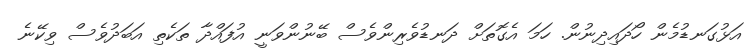
އަޅުގަނޑުމެން ހޯދައިދިނުން. ހަމަ އެގޮތަށް ދަނޑުވެރިންވެސް ބޭނުންވަނީ އުފައްދާ ތަކެތި އަބަދުވެސް ވިކޭނެ